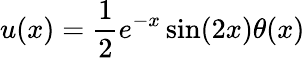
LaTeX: u(x)={\frac{1}{2}}e^{-x}\sin(2x)\theta(x)